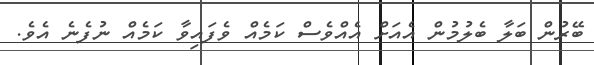
ބޭރުން ބަލާ ބެލުމުން އެއަށް އެއްވެސް ކަމެއް ވެފައިވާ ކަމެއް ނުފެނެ އެވެ.